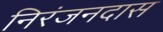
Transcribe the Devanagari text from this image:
निरंजनदास